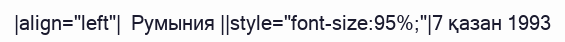
|align="left"|  Румыния ||style="font-size:95%;"|7 қазан 1993